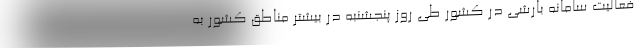
فعالیت سامانه بارشی در کشور طی روز پنجشنبه در بیشتر مناطق کشور به